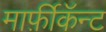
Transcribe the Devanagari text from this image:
मार्फ़ीकॅन्ट